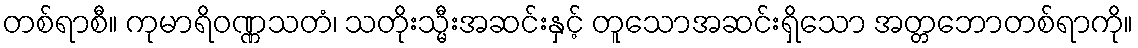
တစ်ရာစီ။ ကုမာရိဝဏ္ဏသတံ၊ သတိုးသ္မီးအဆင်းနှင့် တူသောအဆင်းရှိသော အတ္တဘောတစ်ရာကို။